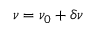
\nu = \nu _ { 0 } + \delta \nu